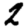
Digit: 2